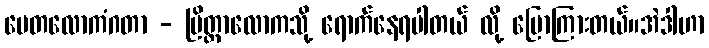
ပေတလောကံဂတာ - ပြိတ္တာလောကသို့ ရောက်နေရပါတယ် လို့ ပြောကြားတယ်။အဲဒါဟာ